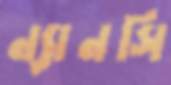
ন্যানসি